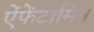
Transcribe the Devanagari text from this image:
ऐंफेंटामिन